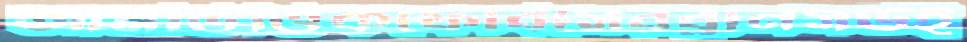
আমভিত্তিকফোর্বসেরব্রানসউই